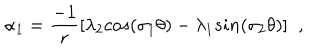
\alpha _ { 1 } = \frac { - 1 } { r } [ \lambda _ { 2 } c o s ( \sigma _ { 1 } \theta ) - \lambda _ { 1 } s i n ( \sigma _ { 2 } \theta ) ] \; \; ,